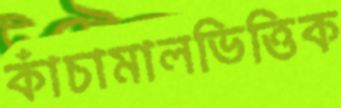
কাঁচামালভিত্তিক